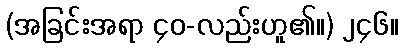
(အခြင်းအရာ ၄၀-လည်းဟူ၏။) ၂၄၆။